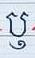
ឫ